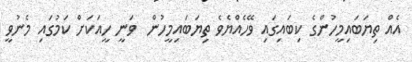
އެއް ތިޔަބައިމީހުންގެ ކިބައިގައި ވޭހެއްޔެވެ ތިޔަބައިމީހުން  ވަނީ ހީއަކަށް ކަމުގައި މެނުވީ